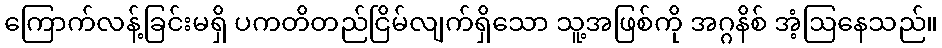
ကြောက်လန့်ခြင်းမရှိ ပကတိတည်ငြိမ်လျက်ရှိသော သူ့အဖြစ်ကို အဂ္ဂနိစ် အံ့ဩနေသည်။